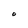
Character: 0